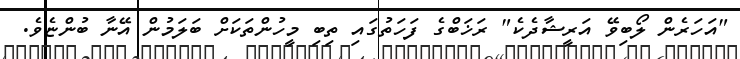
"އަހަރެން ލޯބިވޭ އަރީޝާދެކެ" ރަޚަބްގެ ފަހަތުގައި ތިބި މީހުންތަކަށް ބަލަމުން އޭނާ ބުންޏެވެ.